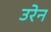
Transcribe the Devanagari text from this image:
उरेन